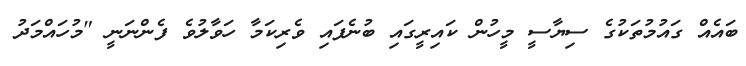
ބައެއް ގައުމުތަކުގެ ސިޔާސީ މީހުން ކައިރީގައި ބުނެފައި ވެރިކަމާ ހަވާލުވެ ފެންނަނީ "މުހައްމަދު